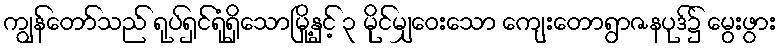
ကျွန်တော်သည် ရုပ်ရှင်ရုံရှိသောမြို့နှင့် ၃ မိုင်မျှဝေးသော ကျေးတောရွာဇနပုဒ်၌ မွေးဖွား